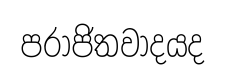
පරාජිතවාදයද